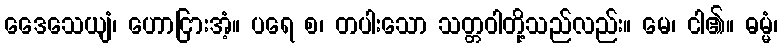
ဒေေသေယျံ၊ ဟောငြားအံ့။ ပရေ စ၊ တပါးသော သတ္တဝါတို့သည်လည်း။ မေ၊ ငါ၏။ ဓမ္မံ၊